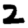
Digit: 2